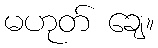
မဟုတ် ချေ။